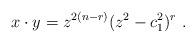
LaTeX: \begin{align*} x\cdot y = z^{2(n-r)}(z^2- c_1^2)^r~.\end{align*}